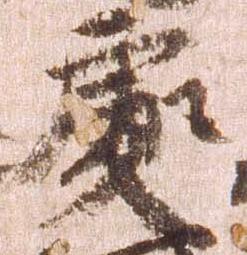
処